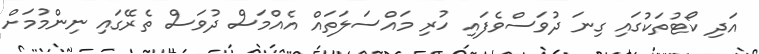
އަދި ކޯޓުތަކުގައި ގިނަ ދުވަސްވެފައި ހުރި މައްސަލަތައް އެއްމަސް ދުވަސް ތެރޭގައި ނިންމުމަށް